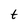
Character: t